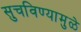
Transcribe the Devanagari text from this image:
सुचविण्यामुळे